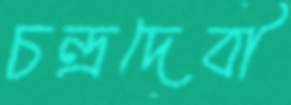
চন্দ্রদেবী